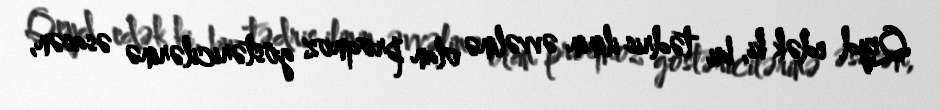
Qeyd edək ki, bu tədris ilinin əvvəlinə olan proqnoz göstəricilərinə əsasən,